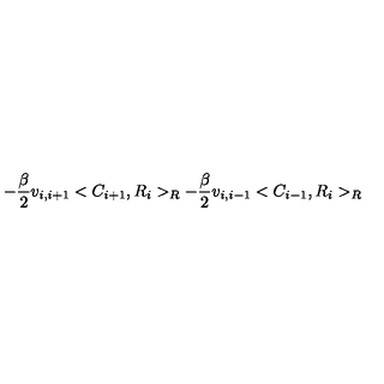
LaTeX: - \frac { \beta } { 2 } v _ { i , i + 1 } < C _ { i + 1 } , R _ { i } > _ { R } - \frac { \beta } { 2 } v _ { i , i - 1 } < C _ { i - 1 } , R _ { i } > _ { R }